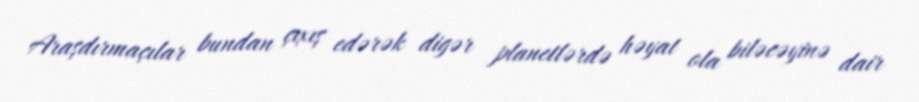
Araşdırmaçılar bundan çıxış edərək digər planetlərdə həyat ola biləcəyinə dair